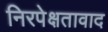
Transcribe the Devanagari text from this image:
निरपेक्षतावाद